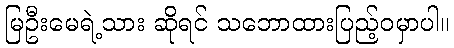
မြဦးမေရဲ့သား ဆိုရင် သဘောထားပြည့်ဝမှာပါ။